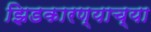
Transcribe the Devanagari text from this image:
झिडकारण्याच्या